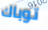
توباك